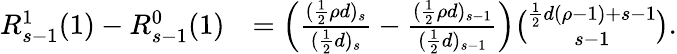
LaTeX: \begin{array}{rl}{R_{s-1}^{1}(1)-R_{s-1}^{0}(1)}&{=\left(\frac{(\frac{1}{2}\rho d)_{s}}{(\frac{1}{2}d)_{s}}-\frac{(\frac{1}{2}\rho d)_{s-1}}{(\frac{1}{2}d)_{s-1}}\right)\binom{\frac{1}{2}d(\rho-1)+s-1}{s-1}.}\end{array}